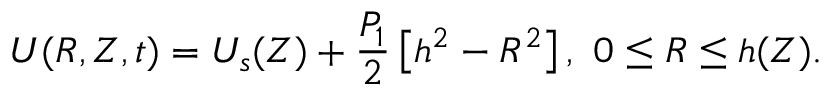
U ( R , Z , t ) = U _ { s } ( Z ) + \frac { P _ { 1 } } { 2 } \left[ h ^ { 2 } - R ^ { 2 } \right] , ~ 0 \le R \le h ( Z ) .